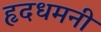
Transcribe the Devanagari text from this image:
हृदधमनी